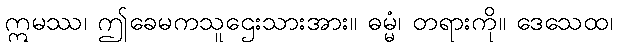
ဣမဿ၊ ဤခေမကသူဌေးသားအား။ ဓမ္မံ၊ တရားကို။ ဒေသေထ၊